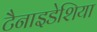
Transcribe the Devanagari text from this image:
टैनाइडेशिया